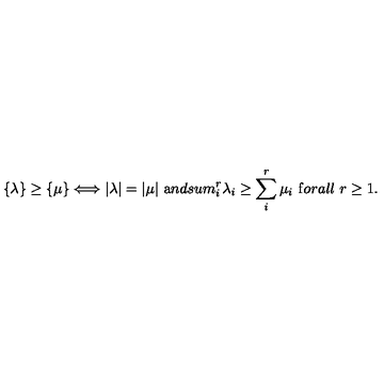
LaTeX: \{ \lambda \} \geq \{ \mu \} \Longleftrightarrow | \lambda | = | \mu | \ { \mathrm { a } n d } s u m _ { i } ^ { r } \lambda _ { i } \geq \sum _ { i } ^ { r } \mu _ { i } \ { \mathrm { f } o r a l l } \ r \geq 1 .